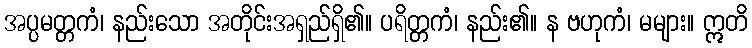
အပ္ပမတ္တကံ၊ နည်းသော အတိုင်းအရှည်ရှိ၏။ ပရိတ္တကံ၊ နည်း၏။ န ဗဟုကံ၊ မများ။ ဣတိ